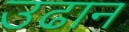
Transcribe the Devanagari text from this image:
उढान